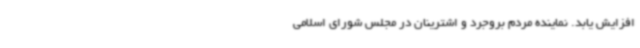
افزایش یابد. نماینده مردم بروجرد و اشترینان در مجلس شورای اسلامی